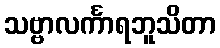
သဗ္ဗာလင်္ကာရဘူသိတာ